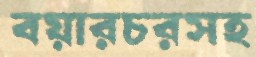
বয়ারচরসহ